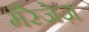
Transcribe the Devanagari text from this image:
मॅरेजेज़